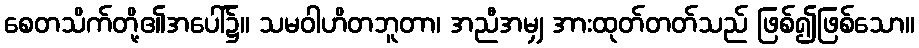
စေတသိက်တို့၏အပေါ်၌။ သမဝါဟိတဘူတာ၊ အညီအမျှ အားထုတ်တတ်သည် ဖြစ်၍ဖြစ်သော။